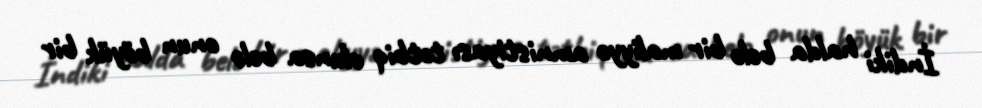
İndiki halda belə bir maliyyə amnistiyası tətbiq olunsa belə onun böyük bir